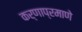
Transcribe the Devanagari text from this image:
कर्णाप्रमाणे